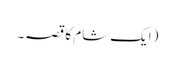
(ایک شام کا قصہ۔